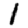
Digit: 1